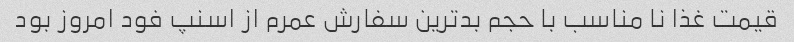
قیمت غذا نا مناسب با حجم بدترین سفارش عمرم از اسنپ فود امروز بود